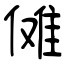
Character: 傩